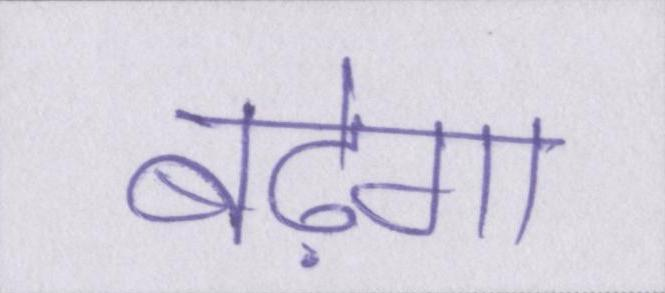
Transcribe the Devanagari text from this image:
बढ़ेगा